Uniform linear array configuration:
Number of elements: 12
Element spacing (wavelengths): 1
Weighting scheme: hann
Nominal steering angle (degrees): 0
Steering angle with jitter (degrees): -1.857
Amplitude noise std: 0.05
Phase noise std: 0.05

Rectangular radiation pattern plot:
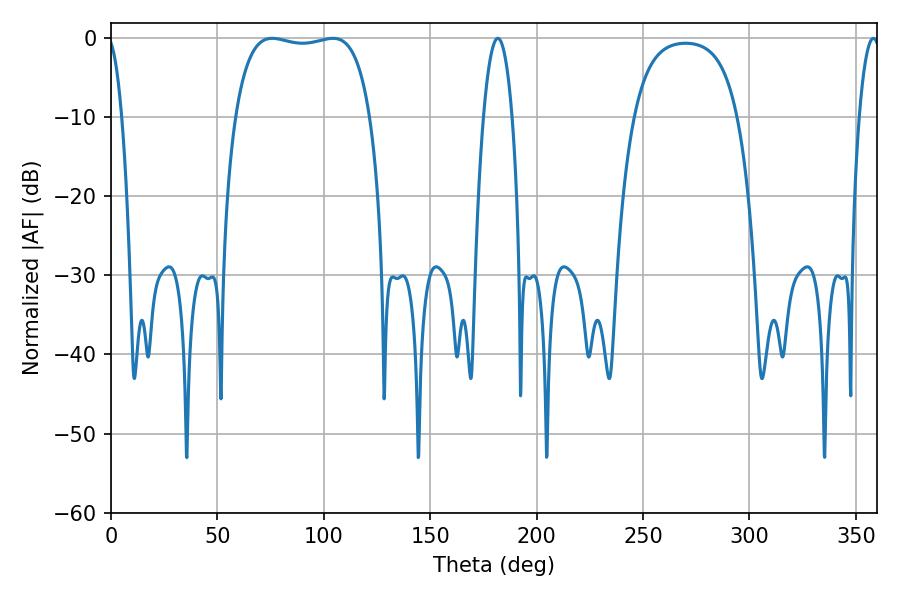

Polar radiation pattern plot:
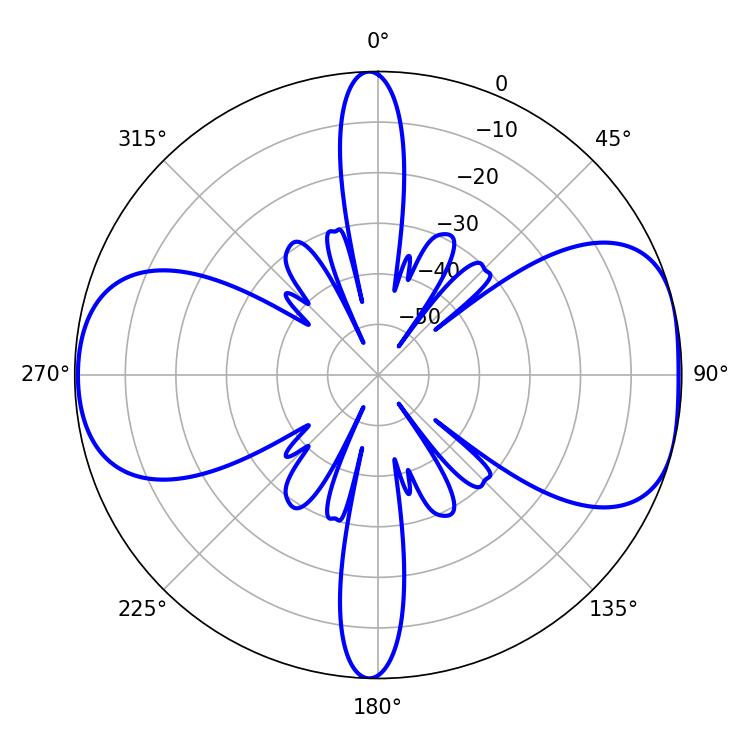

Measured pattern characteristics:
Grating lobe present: TRUE
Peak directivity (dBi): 7.916
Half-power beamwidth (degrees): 50.76
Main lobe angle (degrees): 75.78